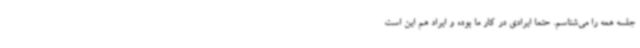
جلسه همه را می‌شناسم. حتما ایرادی در کار ما بوده و ایراد هم این است